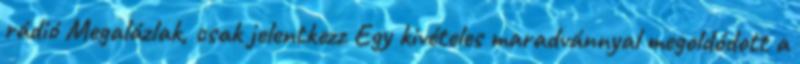
rádió Megalázlak, csak jelentkezz Egy kivételes maradvánnyal megoldódott a